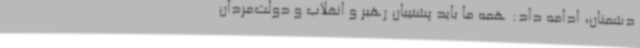
دشمنان، ادامه داد: همه ما باید پشتیبان رهبر و انقلاب و دولت‌مردان